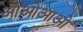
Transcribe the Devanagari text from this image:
आओआओ